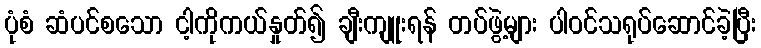
ပုံစံ ဆံပင်စသော ငါ့ကိုကယ်နှုတ်၍ ချီးကျူးရန် တပ်ဖွဲ့များ ပါဝင်သရုပ်ဆောင်ခဲ့ပြီး